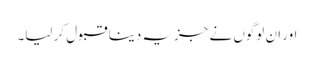
اور ان لوگوں نے جزیہ دینا قبول کر لیا۔